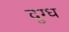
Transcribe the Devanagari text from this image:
दुग्‍ध